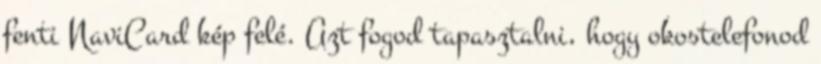
fenti NaviCard kép felé. Azt fogod tapasztalni, hogy okostelefonod